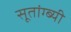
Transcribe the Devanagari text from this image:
सूतांग्ब्यी